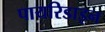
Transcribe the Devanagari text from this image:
पायरिडाइन